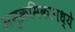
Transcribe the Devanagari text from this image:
अनुक्रमिकामध्ये